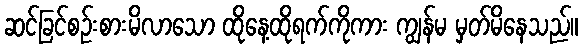
ဆင်ခြင်စဉ်းစားမိလာသော ထိုနေ့ထိုရက်ကိုကား ကျွန်မ မှတ်မိနေသည်။